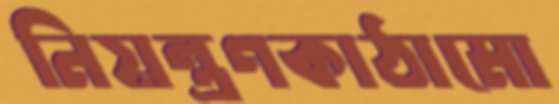
নিয়ন্ত্রণকাঠামো